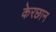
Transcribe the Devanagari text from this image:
केरछान